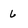
Character: 6